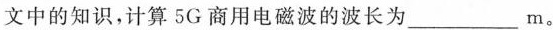
文中的知识，计算5G商用电磁波的波长为___m。